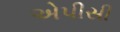
એપીસી